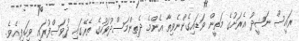
ރައީސް ނަޝީދު އެރަށުގެ މަތީން ވަޑައިގެންނެވިތާ އެންމެ ދެތިންމަސްދުވަހުގެ ތެރޭގައި ދުވަސްފުރައި ވިހައިފިއެވެ.